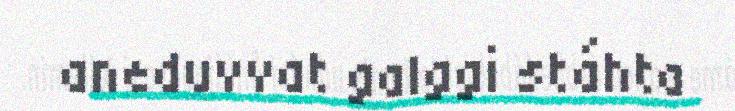
aneduvvat galggi stáhta